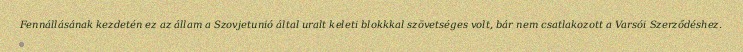
Fennállásának kezdetén ez az állam a Szovjetunió által uralt keleti blokkkal szövetséges volt, bár nem csatlakozott a Varsói Szerződéshez.